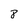
Character: 8